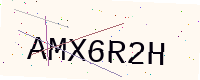
Text: AMX6R2H